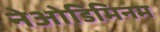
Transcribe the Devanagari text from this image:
नेओडिमिनम